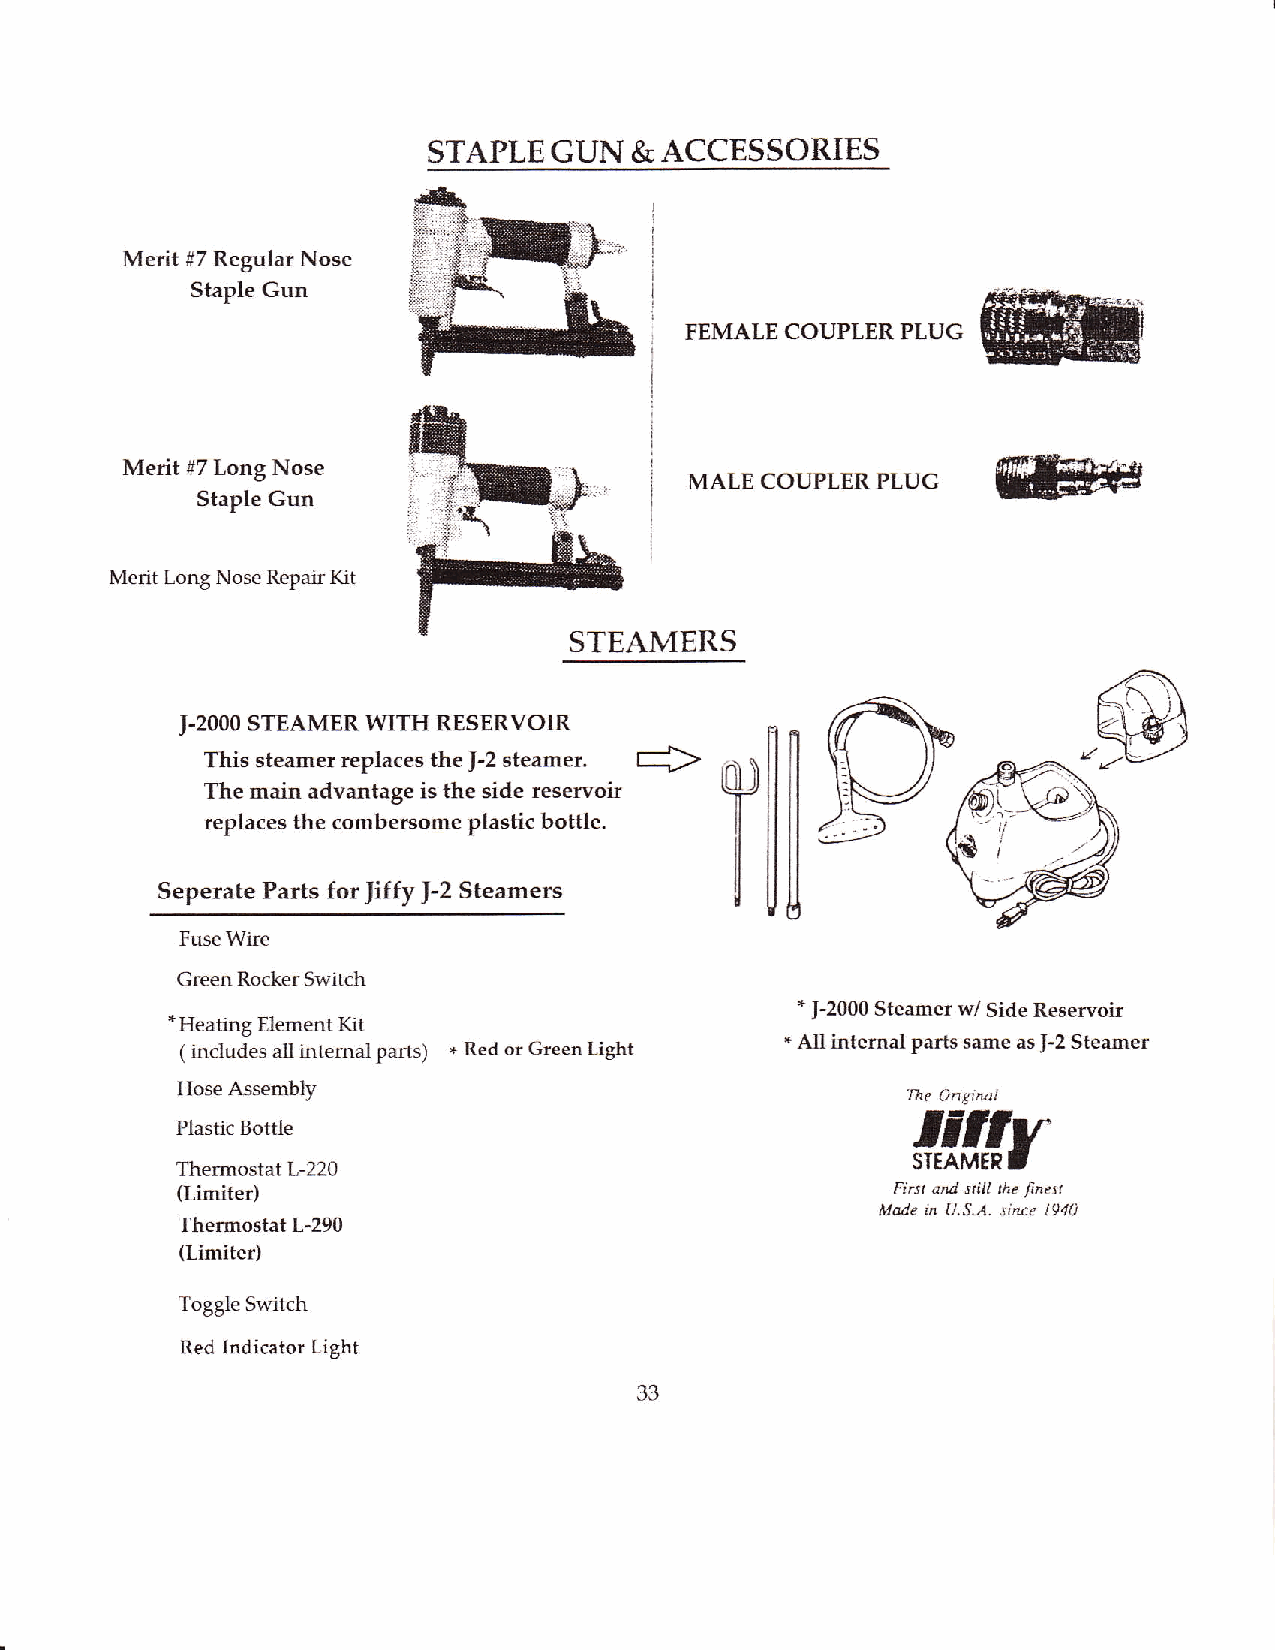
STAPLE  GUN   & ACCESSORIES
 Merit #7 Regular Nose
 Staple Gun
 FEMALE COUPLERPLUG
 Merit #7 Long Nose
 MALE COUPLERPLUG
 Staple Gun
 Merit Long Nose Repair Kit
 STEAMERS
 STEAMER WITH RESERVOIR
 J.2OOO
 This steamer replaces the |-2 steamet.
 The main advantage is the side reservoir
 replaces the cornbersome plastic bottle.
 T[[
 Seperate Pads for |iffy J-2 Steamers
 Fuse Wire
 Green Rocker Switch
 *         d
 * Heating Element Kit                      J-2000 Steamer Side Reservoir
 ( includes all intemal parts) * Red or Green Light * All internal parts same as J-2 Steamer
 Hose Assembly                                   'the Ongitu l
 TTJJv'
 Plastic Bottle
 SIEAMER'
 Thermostat L-220
 (Limiter)                                      First and still the tnerl
 Made in U.S.A. since I94l)
 Thermostat L-290
 (Limiter)
 Toggle Switch
 Red Indicator Light